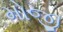
મોજી